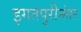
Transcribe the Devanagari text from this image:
इगतपुरीनंतर